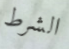
الشرط